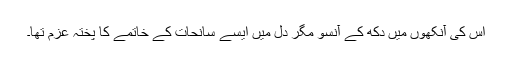
اس کی آنکھوں میں دکھ کے آنسو مگر دل میں ایسے سانحات کے خاتمے کا پختہ عزم تھا۔